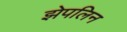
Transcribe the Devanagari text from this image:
झेपलिन